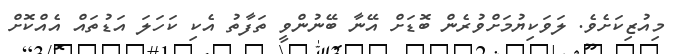
މިއުޒިކަށެވެ. ލަވަކިޔުމަށްވުރެން ބޮޑަށް އޭނާ ބޭނުންވީ ތަފާތު އެކި ކަހަލަ އަޑުތައް އެއްކޮށް